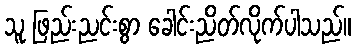
သူ ဖြည်းညင်းစွာ ခေါင်းညိတ်လိုက်ပါသည်။